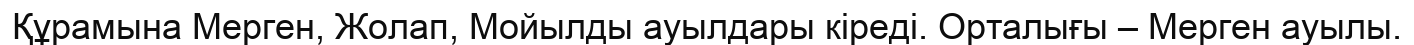
Құрамына Мерген, Жолап, Мойылды ауылдары кіреді. Орталығы – Мерген ауылы.